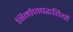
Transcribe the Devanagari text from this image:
निर्माणपद्धतियों